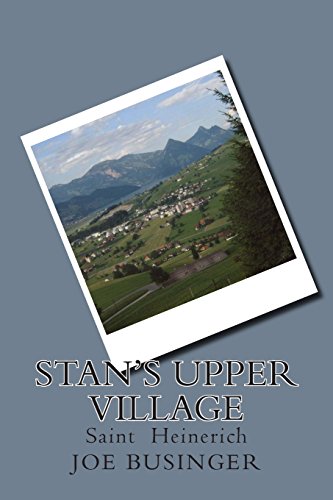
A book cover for Stan's upper village: Saint  Heinerich; Joe Heinerich Businger M; Crafts, Hobbies & Home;